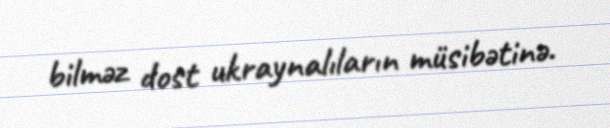
bilməz dost ukraynalıların müsibətinə.